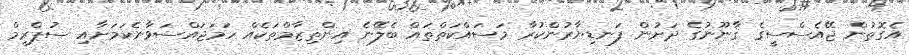
އެގޮތުން ޖޭއެސްސީގެ ޤާނޫނުގެ ދަށުން ފަނޑިޔާރުންކުރާ މަސައްކަތްތައް ބެލޭނެ އިންތިޒާމްތަކެއް ހަމަޖައްސަވާނެކަމަށާއި ސުޕްރީމް